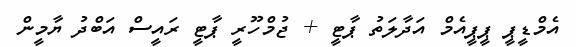
އެމްޑީޕީ ޕީޕީއެމް އަދާލަތު ޕާޓީ + ޖުމްހޫރީ ޕާޓީ ރައީސް އަބްދު ޔާމީން